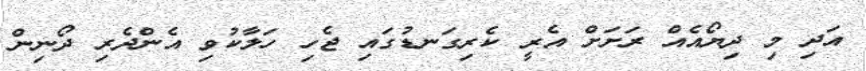
އަދި މި ދިޔޯއެއް ރަށަށް އެރީ ކެރިގަނޑުގައި ޖެހި ހަލާކުވި އެންދެރި ދޯނިން